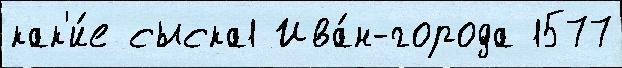
как'и́е сыска1 Ива́н-города 1577